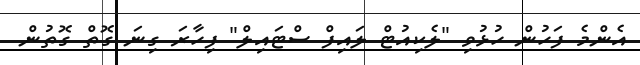
އެންމެ ފަހުން ހުޅުވި "ލެކިއުޓް ލައިފް ސްޓައިލް" ފިހާރަ ގިނަ ގޮތް ގޮތުން